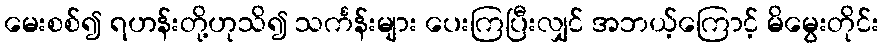
မေးစစ်၍ ရဟန်းတို့ဟုသိ၍ သင်္ကန်းများ ပေးကြပြီးလျှင် အဘယ့်ကြောင့် မိမွေးတိုင်း